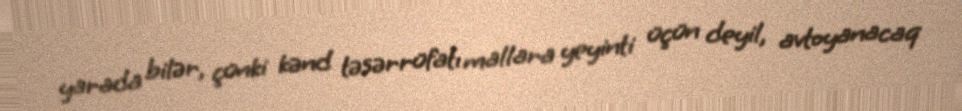
yarada bilər, çünki kənd təsərrüfatı mallara yeyinti üçün deyil, avtoyanacaq